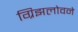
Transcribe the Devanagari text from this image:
ग्रिझलोवने